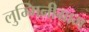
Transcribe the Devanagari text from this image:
लुम्मिनीग्राम